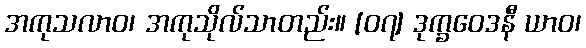
အကုသလာဝ၊ အကုသိုလ်သာတည်း။ [၀၇] ဒုက္ခဝေဒနီ ယာဝ၊